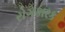
રોગકારક